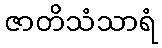
ဇာတိသံသာရံ